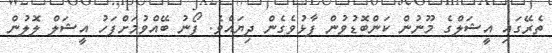
ތެރޭގައި އީޝަލްގެ މޫނުން ކަންބޮޑުވުން ފާޅުވެގެން ދިޔައެވެ. ފޯނު ބޭއްވުމަށްފަހު އީޝަލް ލޮލުން